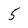
Character: 5